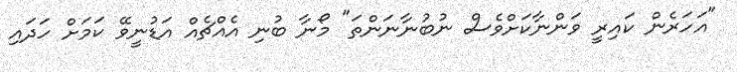
"އަހަރެން ކައިރީ ވަންނާކަށްވެސް ނުބުނާނަންތަ" މޯނާ ބުނި އެއްޗެއް އަޑުނީވޭ ކަމަށް ހަދައި